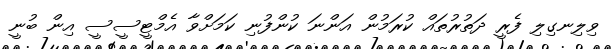
ވިލިނގިލި ފެރީ ދަތުރުތައް ކުރަމުން އަންނަ ކުންފުނި ކަމަށްވާ އެމްޓީސީސީ އިން ބުނީ